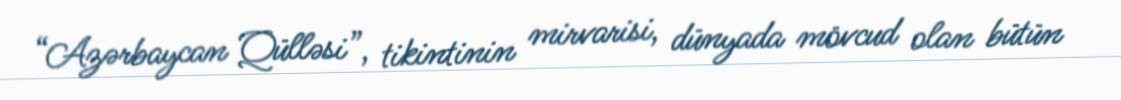
“Azərbaycan Qülləsi”, tikintinin mirvarisi, dünyada mövcud olan bütün